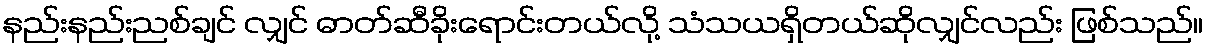
နည်းနည်းညစ်ချင် လျှင် ဓာတ်ဆီခိုးရောင်းတယ်လို့ သံသယရှိတယ်ဆိုလျှင်လည်း ဖြစ်သည်။